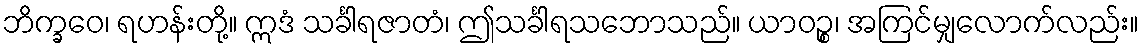
ဘိက္ခဝေ၊ ရဟန်းတို့။ ဣဒံ သင်္ခါရဇာတံ၊ ဤသင်္ခါရသဘောသည်။ ယာဝဉ္စ၊ အကြင်မျှလောက်လည်း။